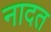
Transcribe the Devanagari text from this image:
नादत